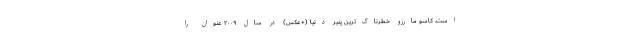
است. کاسو مارزو خطرناک‌ترین پنیر دنیا (+عکس) در سال ۲۰۰۹ عنوان را